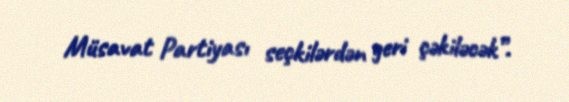
Müsavat Partiyası seçkilərdən geri çəkiləcək”.